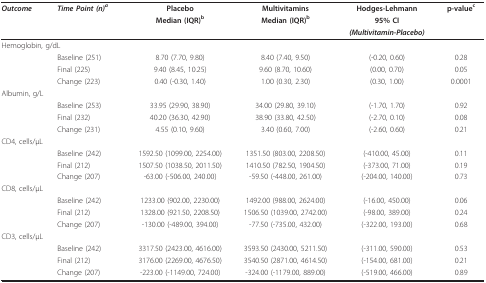
<table><thead><tr><td><b><i>Outcome </i></b></td><td><b><i>Time Point (n)<sup>a </sup></i></b></td><td><b>Placebo</b></td><td><b>Multivitamins</b></td><td><b>Hodges-Lehmann</b></td><td><b>p-value<sup>c </sup></b></td></tr><tr><td></td><td></td><td><b>Median (IQR)<sup>b </sup></b></td><td><b>Median (IQR)<sup>b </sup></b></td><td><b>95% CI</b></td><td></td></tr><tr><td></td><td></td><td></td><td></td><td><b><i>(Multivitamin-Placebo)</i></b></td><td></td></tr></thead><tbody><tr><td colspan="2">Hemoglobin, g/dL</td><td></td><td></td><td></td><td></td></tr><tr><td></td><td>Baseline (251)</td><td>8.70 (7.70, 9.80)</td><td>8.40 (7.40, 9.50)</td><td>(-0.20, 0.60)</td><td>0.28</td></tr><tr><td></td><td>Final (225)</td><td>9.40 (8.45, 10.25)</td><td>9.60 (8.70, 10.60)</td><td>(0.00, 0.70)</td><td>0.05</td></tr><tr><td></td><td>Change (223)</td><td>0.40 (-0.30, 1.40)</td><td>1.00 (0.30, 2.30)</td><td>(0.30, 1.00)</td><td>0.0001</td></tr><tr><td colspan="2">Albumin, g/L</td><td></td><td></td><td></td><td></td></tr><tr><td></td><td>Baseline (253)</td><td>33.95 (29.90, 38.90)</td><td>34.00 (29.80, 39.10)</td><td>(-1.70, 1.70)</td><td>0.92</td></tr><tr><td></td><td>Final (232)</td><td>40.20 (36.30, 42.90)</td><td>38.90 (33.80, 42.50)</td><td>(-2.70, 0.10)</td><td>0.08</td></tr><tr><td></td><td>Change (231)</td><td>4.55 (0.10, 9.60)</td><td>3.40 (0.60, 7.00)</td><td>(-2.60, 0.60)</td><td>0.21</td></tr><tr><td colspan="2">CD4, cells/μL</td><td></td><td></td><td></td><td></td></tr><tr><td></td><td>Baseline (242)</td><td>1592.50 (1099.00, 2254.00)</td><td>1351.50 (803.00, 2208.50)</td><td>(-410.00, 45.00)</td><td>0.11</td></tr><tr><td></td><td>Final (212)</td><td>1507.50 (1038.50, 2011.50)</td><td>1410.50 (782.50, 1904.50)</td><td>(-373.00, 71.00)</td><td>0.19</td></tr><tr><td></td><td>Change (207)</td><td>-63.00 (-506.00, 240.00)</td><td>-59.50 (-448.00, 261.00)</td><td>(-204.00, 140.00)</td><td>0.73</td></tr><tr><td colspan="2">CD8, cells/μL</td><td></td><td></td><td></td><td></td></tr><tr><td></td><td>Baseline (242)</td><td>1233.00 (902.00, 2230.00)</td><td>1492.00 (988.00, 2624.00)</td><td>(-16.00, 450.00)</td><td>0.06</td></tr><tr><td></td><td>Final (212)</td><td>1328.00 (921.50, 2208.50)</td><td>1506.50 (1039.00, 2742.00)</td><td>(-98.00, 389.00)</td><td>0.24</td></tr><tr><td></td><td>Change (207)</td><td>-130.00 (-489.00, 394.00)</td><td>-77.50 (-735.00, 432.00)</td><td>(-322.00, 193.00)</td><td>0.68</td></tr><tr><td colspan="2">CD3, cells/μL</td><td></td><td></td><td></td><td></td></tr><tr><td></td><td>Baseline (242)</td><td>3317.50 (2423.00, 4616.00)</td><td>3593.50 (2430.00, 5211.50)</td><td>(-311.00, 590.00)</td><td>0.53</td></tr><tr><td></td><td>Final (212)</td><td>3176.00 (2269.00, 4676.50)</td><td>3540.50 (2871.00, 4614.50)</td><td>(-154.00, 681.00)</td><td>0.21</td></tr><tr><td></td><td>Change (207)</td><td>-223.00 (-1149.00, 724.00)</td><td>-324.00 (-1179.00, 889.00)</td><td>(-519.00, 466.00)</td><td>0.89</td></tr></tbody></table>